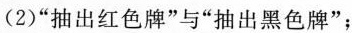
(2)“抽出红色牌”与“抽出黑色牌”；